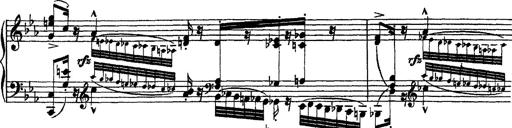
Title: Grandes Ã©tudes de Paganini
Composer: Franz Liszt